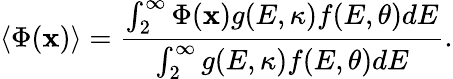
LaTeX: \left\langle{\Phi(\mathbf{x})}\right\rangle=\frac{{{\int_{2}^{\infty}{\Phi(\mathbf{x})g(E,\kappa)f(E,\theta)dE}}}}{{{\int_{2}^{\infty}{g(E,\kappa)f(E,\theta)dE}}}}.